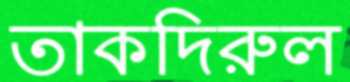
তাকদিরুল